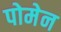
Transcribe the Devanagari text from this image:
पोमेन